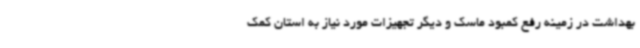
بهداشت در زمینه رفع کمبود ماسک و دیگر تجهیزات مورد نیاز به استان کمک